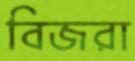
বিজরা